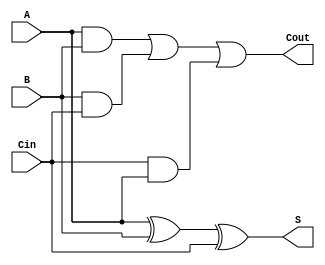
module full_adder(A, B, Cin, Cout, S);
	input A,B,Cin;
	output Cout, S;
	assign S = A^B^Cin;
	assign Cout = (A&B) | (B&Cin) | (Cin&A);
	endmodule